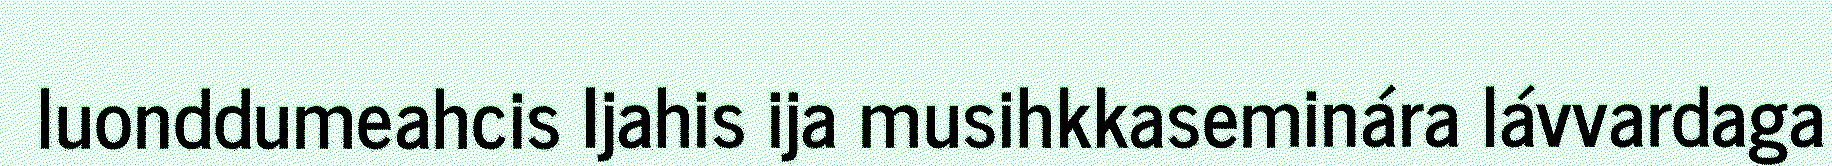
luonddumeahcis Ijahis ija musihkkaseminára lávvardaga